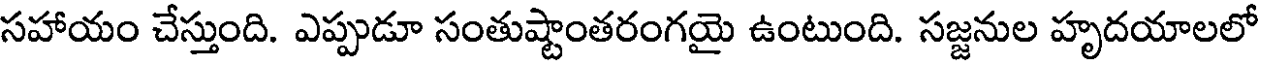
సహాయం చేస్తుంది. ఎప్పుడూ సంతుష్టాంతరంగయై ఉంటుంది. సజ్జనుల హృదయాలలో